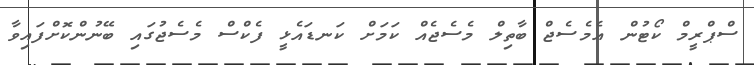
ސްޕްރީމް ކޯޓުން އެމެސެޖް ބާތިލް މެސެޖެއް ކަމަށް ކަނޑައެޅީ ފެކްސް މެސެޖުގައި ބޭނުންކޮށްފައިވާ